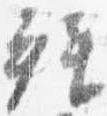
拝